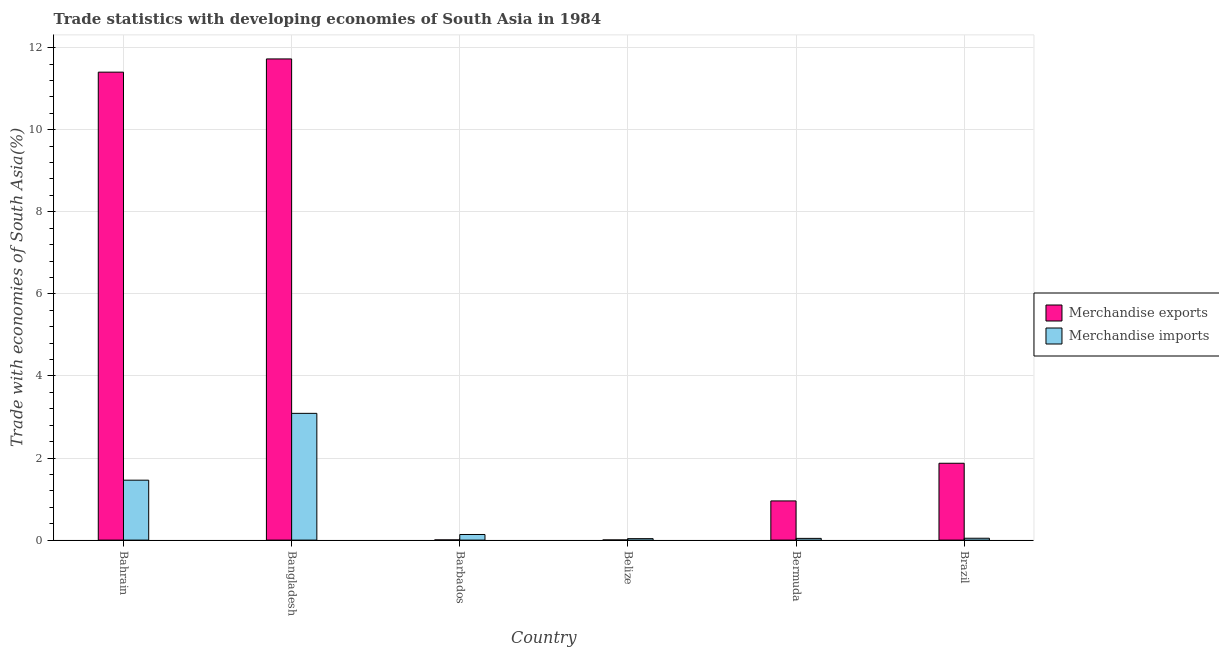
| Country | Merchandise exports | Merchandise imports |
 | --- | --- | --- |
 | Bahrain | 11.4 | 1.46 |
 | Bangladesh | 11.7 | 3.09 |
 | Barbados | 0.00436 | 0.137 |
 | Belize | 0.00322 | 0.0354 |
 | Bermuda | 0.955 | 0.0419 |
 | Brazil | 1.87 | 0.0452 |